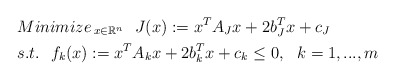
\begin{align*} &{Minimize\,}_{x\in \mathbb{R}^n} \ \ J(x):=x^TA_Jx+2b_J^Tx+c_J\\ &s.t.\ \ f_k(x):=x^TA_kx+2b_k^Tx+c_k \le 0,\ \ k=1,...,m \end{align*}